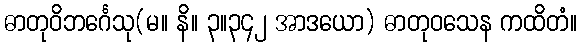
ဓာတုဝိဘင်္ဂေသု(မ။ နိ။ ၃။၃၄၂ အာဒယော) ဓာတုဝသေန ကထိတံ။